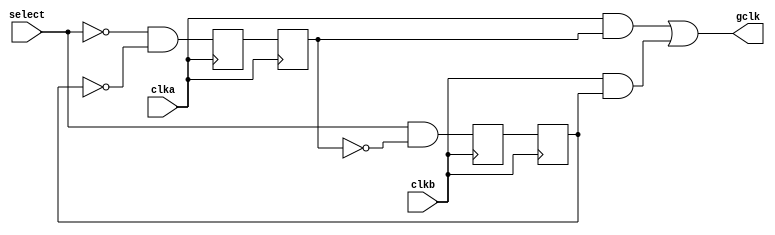
// SPDX-FileCopyrightText: 2022 Ryan M Price
//
// Licensed under the Apache License, Version 2.0 (the "License");
// you may not use this file except in compliance with the License.
// You may obtain a copy of the License at
//
//      http://www.apache.org/licenses/LICENSE-2.0
//
// Unless required by applicable law or agreed to in writing, software
// distributed under the License is distributed on an "AS IS" BASIS,
// WITHOUT WARRANTIES OR CONDITIONS OF ANY KIND, either express or implied.
// See the License for the specific language governing permissions and
// limitations under the License.
// SPDX-License-Identifier: Apache-2.0

module clkmux2 (
  input       clka
, input       clkb

, input       select

, output wire gclk
);
  
  wire selecta =  select;
  wire selectb = ~select; 
  
  reg  clkpaa, clkpab;
  reg  clkpba, clkpbb;
  
  wire clkapa = ~select & ~clkpbb;
  wire clkbpb =  select & ~clkpab;
  wire clkab  =  clka   &  clkpab;
  wire clkbb  =  clkb   &  clkpbb;
  assign gclk =  clkab  |  clkbb;
  
  always @ (posedge clka)
    clkpaa <= clkapa;
  always @ (posedge clka)
    clkpab <= clkpaa;

  always @ (posedge clkb)
    clkpba <= clkbpb;
  always @ (posedge clkb)
    clkpbb <= clkpba;
  
  initial clkpaa = 0;
  initial clkpab = 0;
  initial clkpba = 0;
  initial clkpbb = 0;
  
endmodule